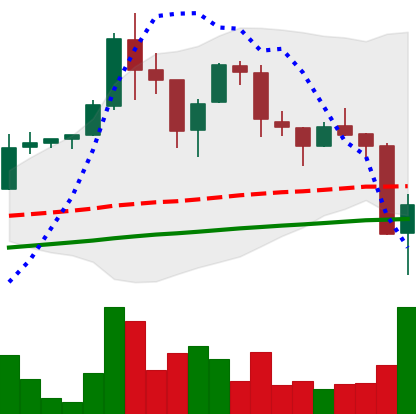
Ticker: LTC-USD
Chart end date: 2017-09-15
Forward return: 7.304%
Label: up_7plus